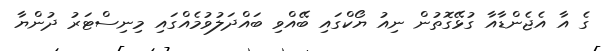
ގެ އާ އެޖެންޑާއާ ގުޅޭގޮތުން ނިއު ޔޯކްގައި ބޭއްވި ބައްދަލުވުމެއްގައި މިނިސްޓަރު ދުންޔާ